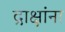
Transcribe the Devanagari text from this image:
द्राक्षांना